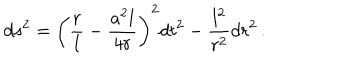
LaTeX: d s ^ { 2 } = \left( \frac r l - \frac { a ^ { 2 } l } { 4 r } \right) ^ { 2 } d t ^ { 2 } - \frac { l ^ { 2 } } { r ^ { 2 } } d r ^ { 2 } \, .